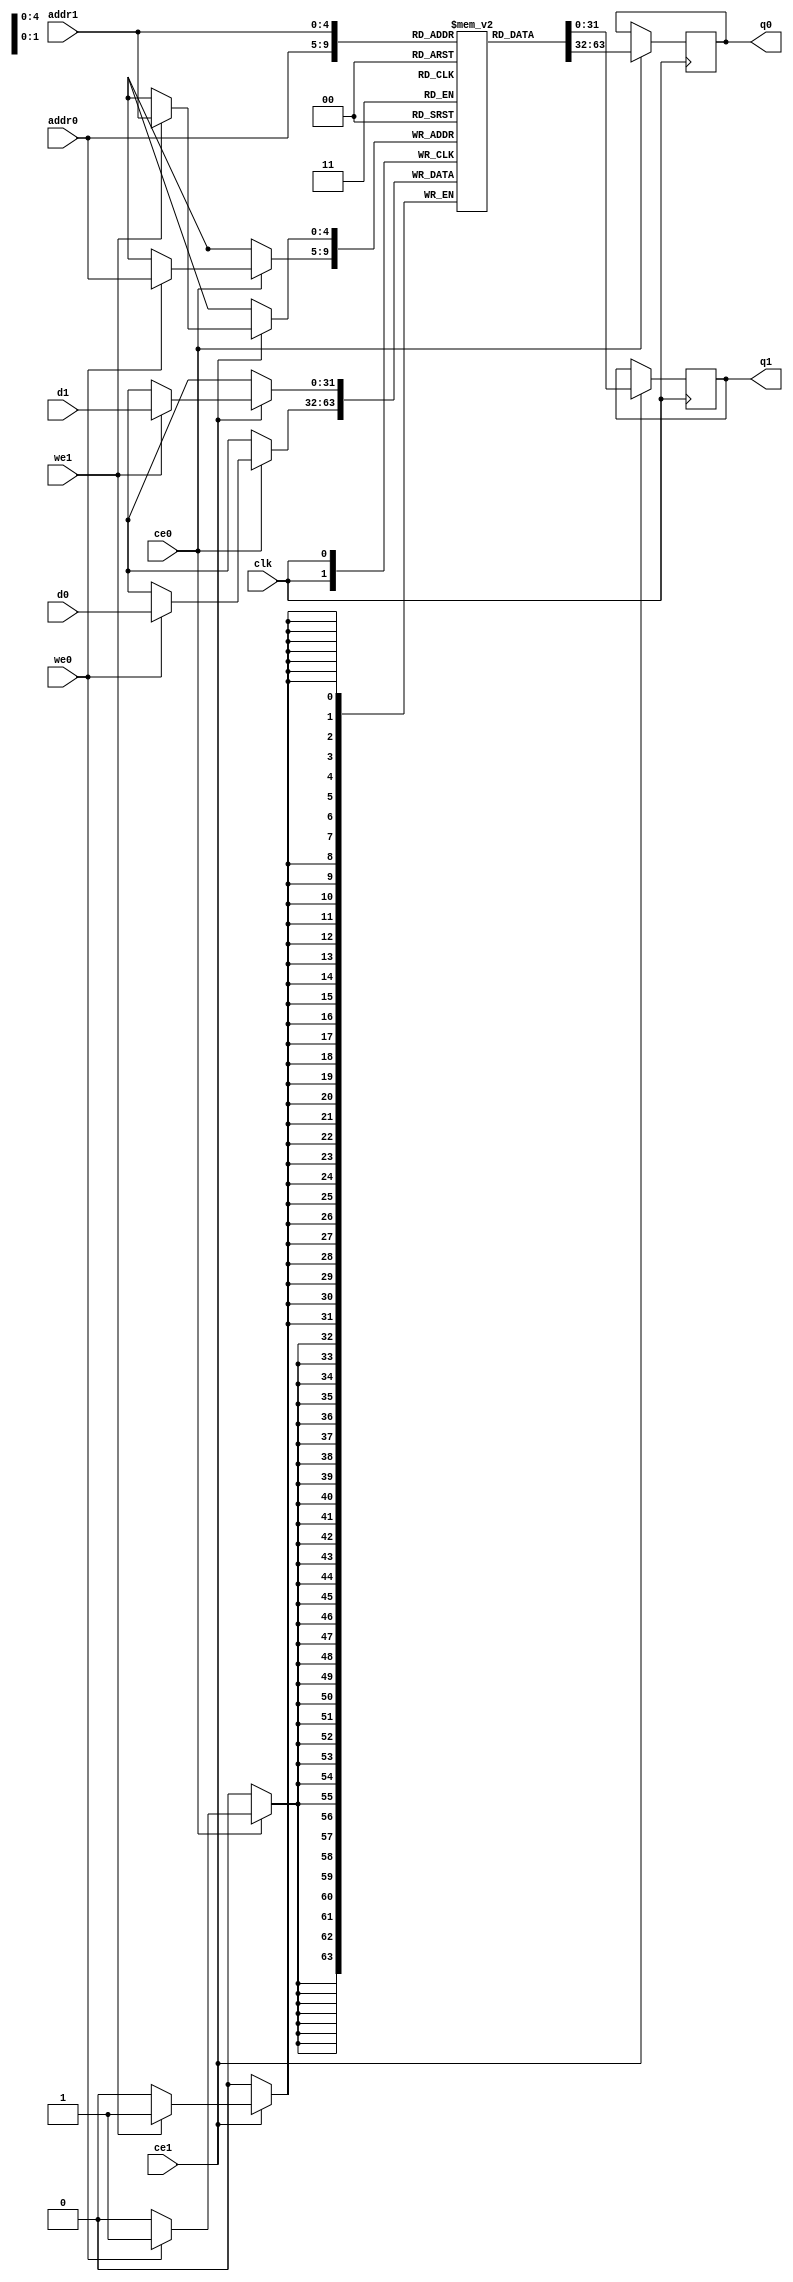
// ==============================================================
// File generated on Thu Apr 02 08:37:47 +0530 2020
// Vivado(TM) HLS - High-Level Synthesis from C, C++ and SystemC v2018.3 (64-bit)
// SW Build 2405991 on Thu Dec  6 23:38:27 MST 2018
// IP Build 2404404 on Fri Dec  7 01:43:56 MST 2018
// Copyright 1986-2018 Xilinx, Inc. All Rights Reserved.
// ==============================================================
`timescale 1 ns / 1 ps
module check_reg_ram (addr0, ce0, d0, we0, q0, addr1, ce1, d1, we1, q1,  clk);

parameter DWIDTH = 32;
parameter AWIDTH = 5;
parameter MEM_SIZE = 32;

input[AWIDTH-1:0] addr0;
input ce0;
input[DWIDTH-1:0] d0;
input we0;
output reg[DWIDTH-1:0] q0;
input[AWIDTH-1:0] addr1;
input ce1;
input[DWIDTH-1:0] d1;
input we1;
output reg[DWIDTH-1:0] q1;
input clk;

(* ram_style = "block" *)reg [DWIDTH-1:0] ram[0:MEM_SIZE-1];




always @(posedge clk)  
begin 
    if (ce0) 
    begin
        if (we0) 
        begin 
            ram[addr0] <= d0; 
        end 
        q0 <= ram[addr0];
    end
end


always @(posedge clk)  
begin 
    if (ce1) 
    begin
        if (we1) 
        begin 
            ram[addr1] <= d1; 
        end 
        q1 <= ram[addr1];
    end
end


endmodule

`timescale 1 ns / 1 ps
module check_reg(
    reset,
    clk,
    address0,
    ce0,
    we0,
    d0,
    q0,
    address1,
    ce1,
    we1,
    d1,
    q1);

parameter DataWidth = 32'd32;
parameter AddressRange = 32'd32;
parameter AddressWidth = 32'd5;
input reset;
input clk;
input[AddressWidth - 1:0] address0;
input ce0;
input we0;
input[DataWidth - 1:0] d0;
output[DataWidth - 1:0] q0;
input[AddressWidth - 1:0] address1;
input ce1;
input we1;
input[DataWidth - 1:0] d1;
output[DataWidth - 1:0] q1;



check_reg_ram check_reg_ram_U(
    .clk( clk ),
    .addr0( address0 ),
    .ce0( ce0 ),
    .we0( we0 ),
    .d0( d0 ),
    .q0( q0 ),
    .addr1( address1 ),
    .ce1( ce1 ),
    .we1( we1 ),
    .d1( d1 ),
    .q1( q1 ));

endmodule